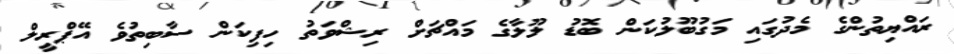
ރައްޔިތުންގެ މެދުގައި މަގުބޫލުކަން ބޮޑު ލޫލާގެ މައްޗަށް ރިޝްވަތު ހިފިކަން ސާބިތުވެ އޭޕްރީލް